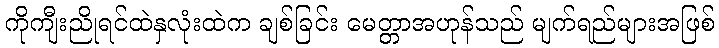
ကိုကျီးညိုရင်ထဲနှလုံးထဲက ချစ်ခြင်း မေတ္တာအဟုန်သည် မျက်ရည်များအဖြစ်